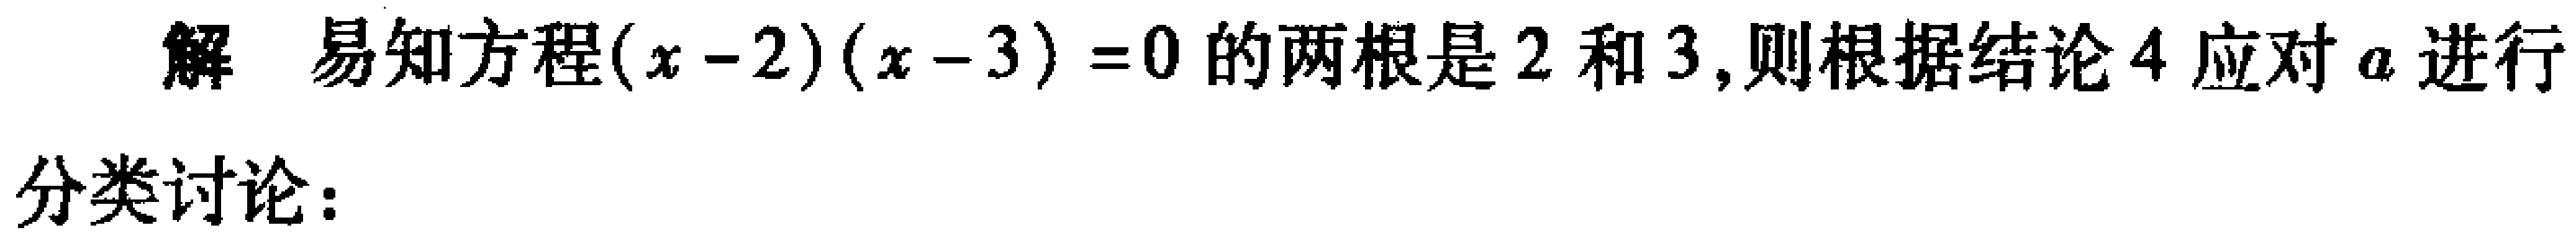
解 易知方程\((x - 2)(x - 3) = 0\)的两根是\(2\)和\(3\),则根据结论\(4\)应对\(a\)进行

分类讨论：